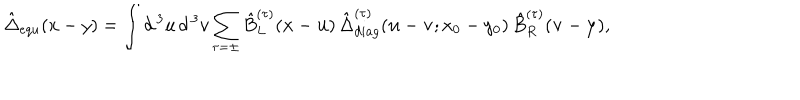
\hat { \Delta } _ { e q u } ( x - y ) = \int d ^ { \, 3 } u \, d ^ { \, 3 } v \sum _ { \tau = \pm } \hat { B } _ { L } ^ { ( \tau ) } ( { \bf x } - { \bf u } ) \, \hat { \Delta } _ { d i a g } ^ { ( \tau ) } ( { \bf u } - { \bf v } ; x _ { 0 } - y _ { 0 } ) \, \hat { B } _ { R } ^ { ( \tau ) } ( { \bf v } - { \bf y } ) ,